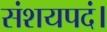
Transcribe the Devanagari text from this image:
संशयपदं।